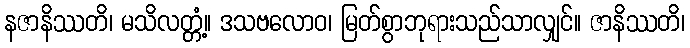
နဇာနိဿတိ၊ မသိလတ္တံ့။ ဒသဗလောဝ၊ မြတ်စွာဘုရားသည်သာလျှင်။ ဇာနိဿတိ၊